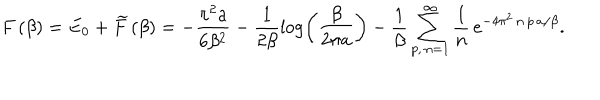
F \left( \beta \right) = E _ { 0 } + \widetilde { F } \left( \beta \right) = - \frac { \pi ^ { 2 } a } { 6 \beta ^ { 2 } } - \frac { 1 } { 2 \beta } \log \left( \frac { \beta } { 2 \pi a } \right) - \frac { 1 } { \beta } \sum _ { p , \, n = 1 } ^ { \infty } \frac { 1 } { n } \, e ^ { - 4 \pi ^ { 2 } \, n \, p \, a / \beta } .